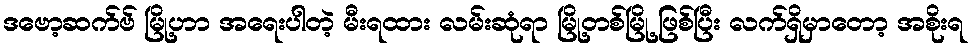
ဒဗော့ဆက်ဗ် မြို့ဟာ အရေးပါတဲ့ မီးရထား လမ်းဆုံရာ မြို့တစ်မြို့ ဖြစ်ပြီး လက်ရှိမှာတော့ အစိုးရ